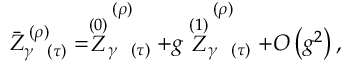
\bar { Z } _ { \gamma \; \; \; ( \tau ) } ^ { \; ( \rho ) } = \stackrel { ( 0 ) } { Z } _ { \gamma \; \; \; ( \tau ) } ^ { \; ( \rho ) } + g \stackrel { ( 1 ) } { Z } _ { \gamma \; \; \; ( \tau ) } ^ { \; ( \rho ) } + O \left( g ^ { 2 } \right) ,